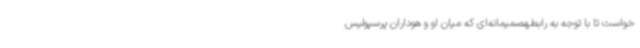
خواست تا با توجه به رابطهصمیمانه‌ای که میان او و هوداران پرسپولیس